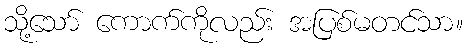
သို့သော် ကောက်ကိုလည်း အပြစ်မတင်သာ။